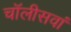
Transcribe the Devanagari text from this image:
चॉलीसवां